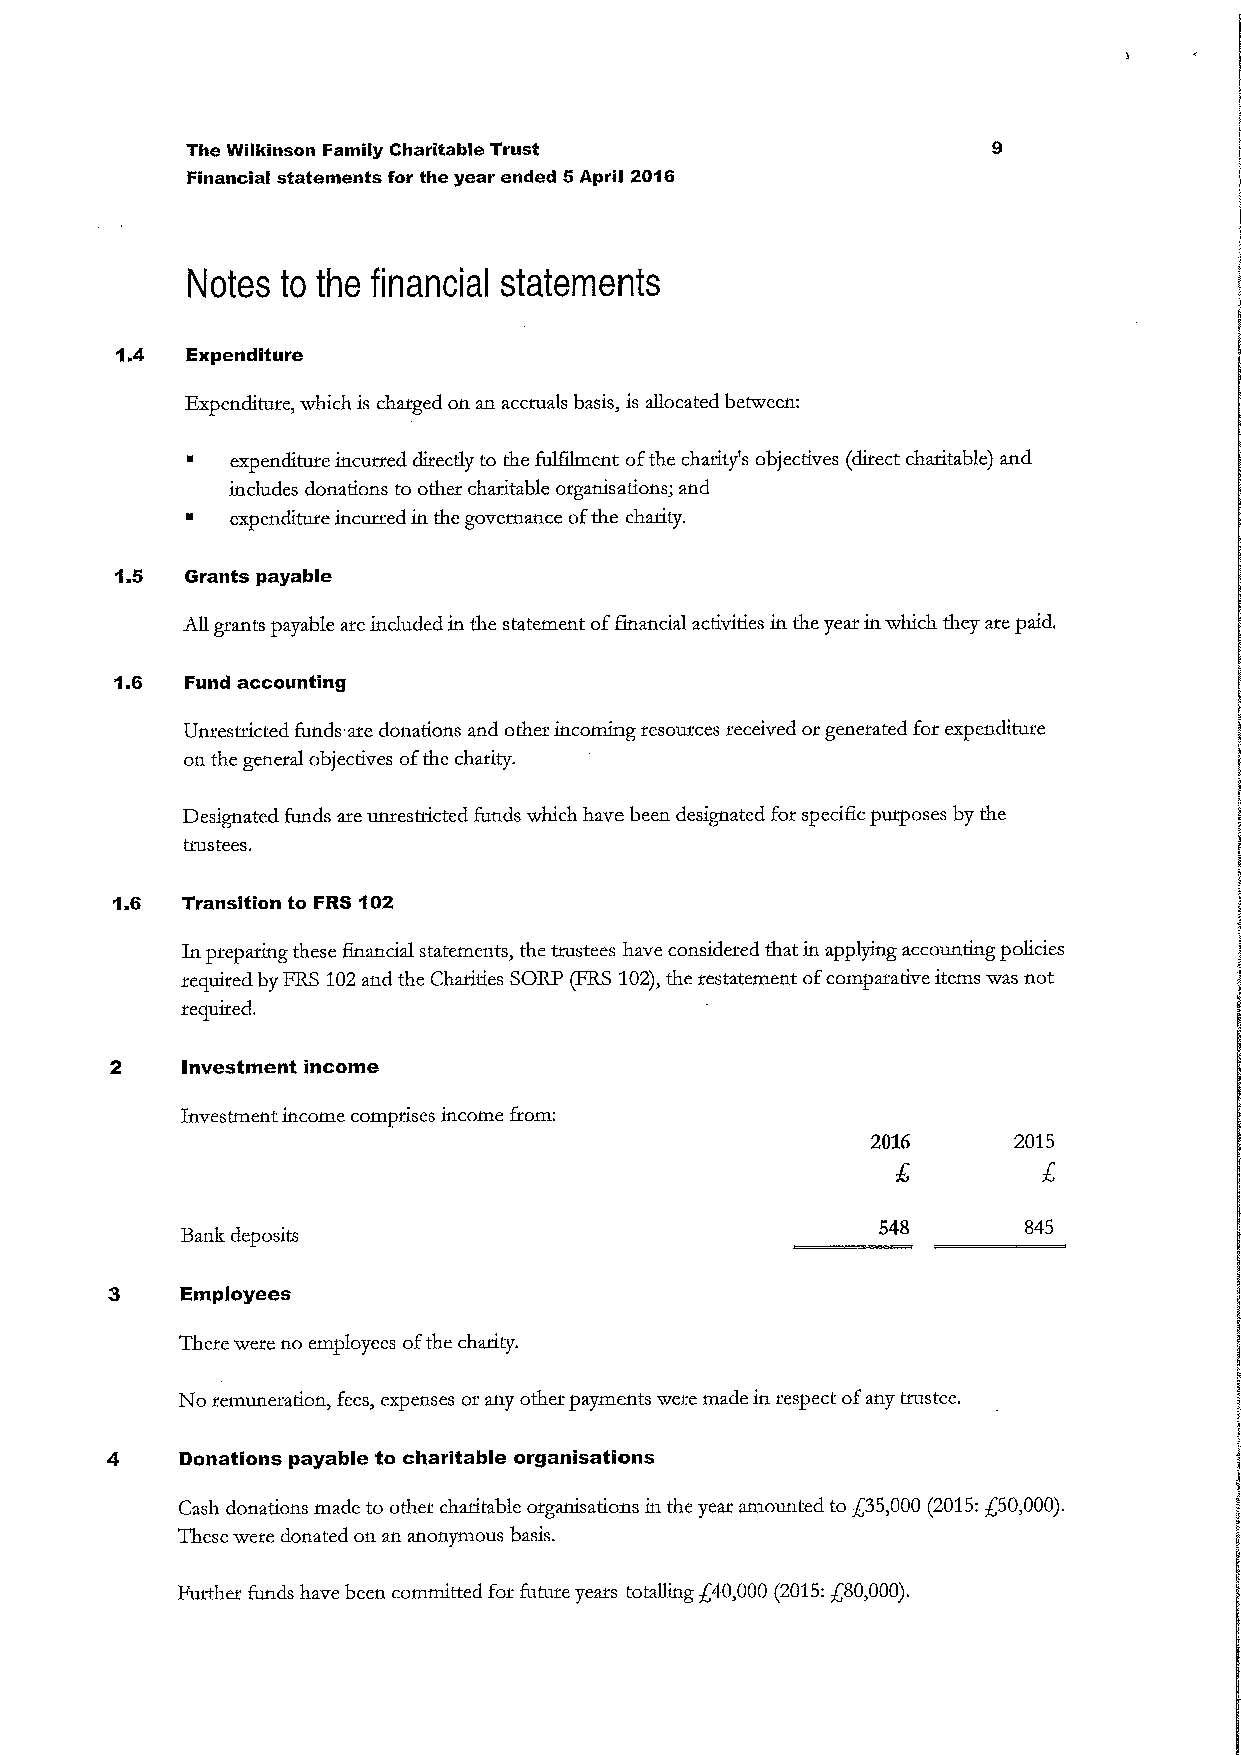
The Wilkinson Family Charitable Trust
 Financial statements for the year ended 5April 2016
 Notes  to the financial statements
 1.4 Expenditure
 Expenditure, which is charged on an accruals basis, is allocated between:
 ~  expenditure incurred directly to the fulfIlment ofthe charity's objectives (direct charitable) and
 includes donations to other charitable organisations; and
 ~  expenditure incurred in the governance ofthe charity.
 1.5 Grants payable
 All grants payable are included in the statement offinancial activities in the year in which they are paid,
 1.6 Fund accounting
 Unrestricted funds. are donations and other incoming resources received or generated for expenditure
 on the general objectives ofthe charity.
 Designated funds are unrestricted funds which have been designated for specific purposes by the
 trustees.
 1.6  Transition to FRS 102
 In preparing these 6nancial statements, the trustees have considered that in applying accounting policies
 required by FRS 102and the Charities SORP (FRS 102),the restatement ofcomparative items was not
 required.
 2    Investment income
 Investment income comprises income from:
 2016     2015
 548       845
 Bank deposits
 3    Employees
 There were no employees ofthe charity.
 No remuneration, fees, expenses or any other payments were made in respect ofany trustee.
 4    Donations payable to charitable organlsatlons
 Cash donations made to other charitable organisations in the year amounted to $35,000 (2015:$50,000).
 These were donated on an anonymous basis.
 Futther funds have been committed for future yeats totalling $40,000 (2015:$80,000).